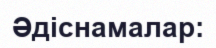
Әдіснамалар: